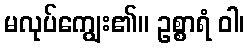
မလုပ်ကျွေး၏။ ဥစ္စာရံ ဝါ၊